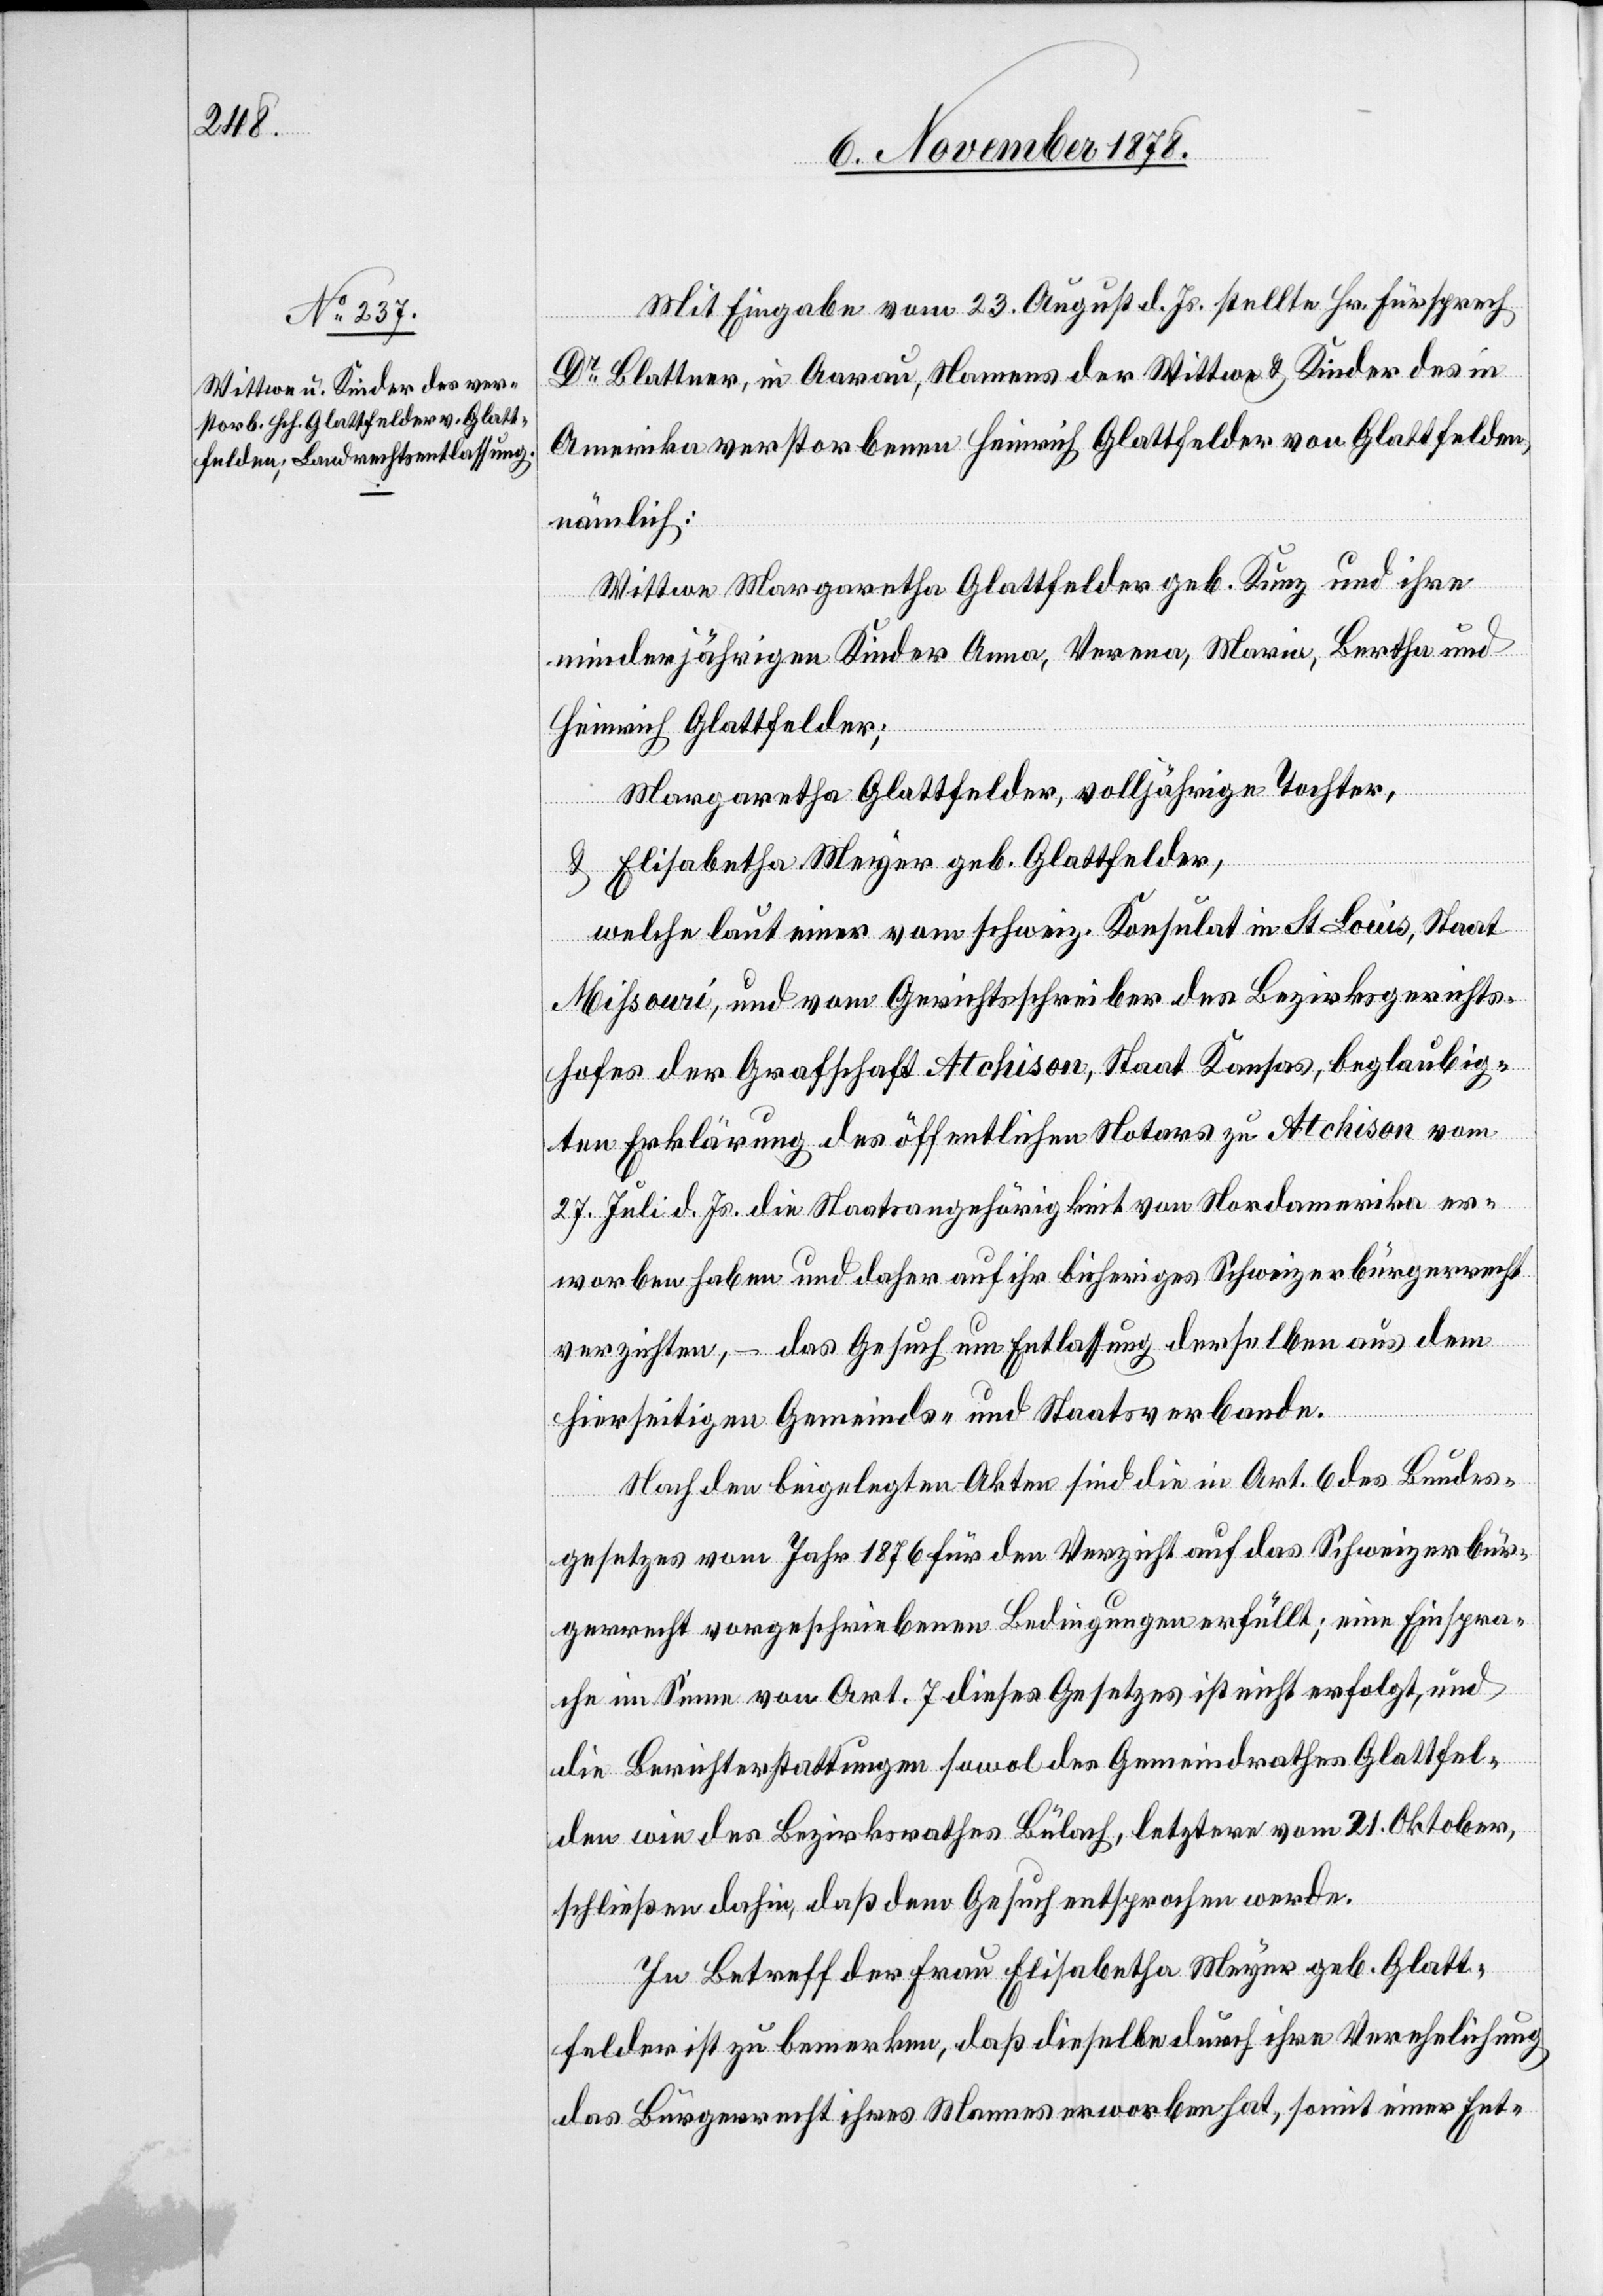
Mit Eingabe vom 23. August d. Js. stellte Hr. Fürsprech
Dr Blattner, in Aarau, Namens der Wittwe & Kinder des in
Amerika verstorbenen Heinrich Glattfelder von Glattfelden,
nämlich:
Wittwe Margaretha Glattfelder geb. Kunz und ihre
minderjährigen Kinder Anna, Verena, Maria, Bertha und
Heinrich Glattfelder;
Margaretha Glattfelder, volljährige Tochter,
& Elisabetha Meyer geb. Glattfelder,
welche laut einer vom schweiz. Konsulat in St. Louis, Staat
Mißouri, und vom Gerichtsschreiber des Bezirksgerichts¬
hofes der Grafschaft Atchison, Staat Kansas, beglaubig¬
ten Erklärung des öffentlichen Notars zu Atchison vom
27. Juli d. Js. die Staatsangehörigkeit von Nordamerika er¬
worben haben und daher auf ihr bisheriges Schweizerbürgerrecht
verzichten, – das Gesuch um Entlassung derselben aus dem
hierseitigen Gemeinds- und Staatsverbande.
Nach den beigelegten Akten sind die in Art. 6 des Bundes¬
gesetzes vom Jahr 1876 für den Verzicht auf das Schweizerbür¬
gerrecht vorgeschriebenen Bedingungen erfüllt; eine Einspra¬
che im Sinne von Art. 7 dieses Gesetzes ist nicht erfolgt, und
die Berichterstattung sowol des Gemeindrathes Glattfel¬
den wie des Bezirksrathes Bülach, letztere vom 21. Oktober,
schließen dahin, daß dem Gesuch entsprochen werde.
In Betreff der Frau Elisabetha Meyer geb. Glatt¬
felden ist zu bemerken, daß dieselbe durch ihre Verehelichung
das Bürgerrecht ihres Mannes erworben hat, somit einer Ent-